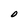
Character: O